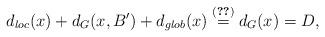
LaTeX: \begin{align*}d_{loc}(x)+d_G(x,B')+d_{glob}(x)\stackrel{(\ref{eq:dloc1})}{=}d_G(x)=D,\end{align*}